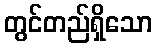
တွင်တည်ရှိသော